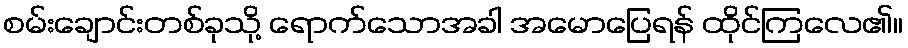
စမ်းချောင်းတစ်ခုသို့ ရောက်သောအခါ အမောပြေရန် ထိုင်ကြလေ၏။